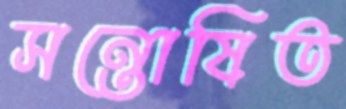
সন্তোষিত